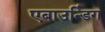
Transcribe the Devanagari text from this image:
एबाउन्डिंग